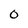
Character: 0